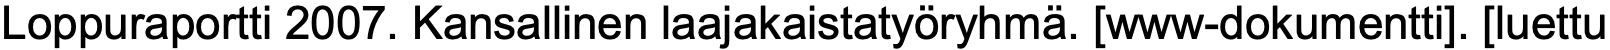
Loppuraportti 2007. Kansallinen laajakaistatyöryhmä. [www-dokumentti]. [luettu